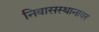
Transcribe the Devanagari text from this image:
निवासस्थानावर